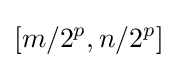
[m/2^{p},n/2^{p}]